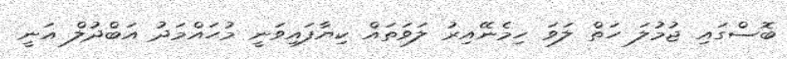
ބޮސްގައި ޖުމުލަ ހަތް ލަވަ ހިމެނޭއިރު ލަވަތައް ކިޔާފައިވަނީ މުހައްމަދު އަބްދުލް ޣަނީ